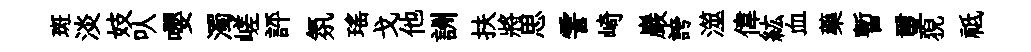
斑淡妓㕥嚶濁嵯評氛瑤戈他詶扶將思霅崎巖誇澨偉紘血藥暫璽猊祗